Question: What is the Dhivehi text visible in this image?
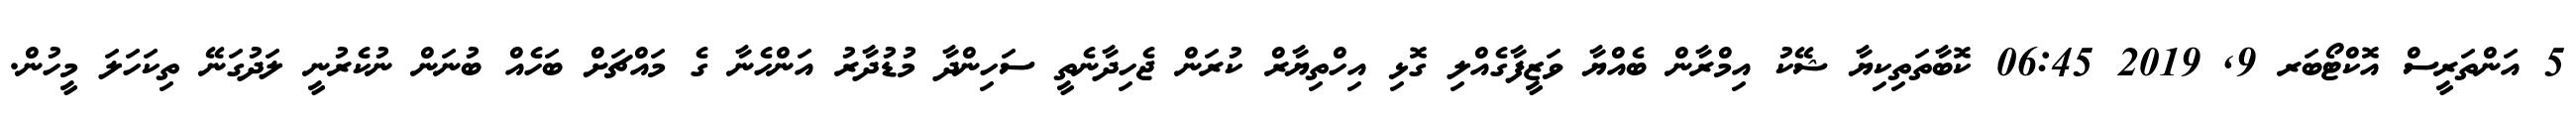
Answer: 5 އަންތަރީސް އޮކްޓޯބަރ 9, 2019 06:45 ކޮބާތަތިކިޔާ ޝޭކު އިމްރާން ބެއްޔާ ވަޒީފާގެއްލި ގޮޅި އިހްތިޔާރް ކުރަން ޖެހިދާނެތީ ސަހިންދާ މުޑުދާރު އަންހެނާ ގެ މައްޗަށް ބަހެއް ބުނަން ނުކެރުނީ ލަދުގަނޭ ތިކަހަލަ މީހުން.